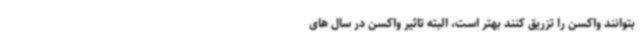
بتوانند واکسن را تزریق کنند بهتر است، البته تاثیر واکسن در سال های